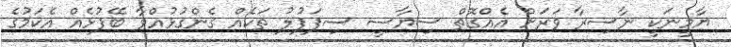
ޔާމީނަކީ ނާސިރާ ވަރަށް އެއްގޮތް ސިޔާސީ ސިފަފުލު ތަކެއް ގެންގުޅުއްވާ ބޭފުޅެއް އެކަމުގެ